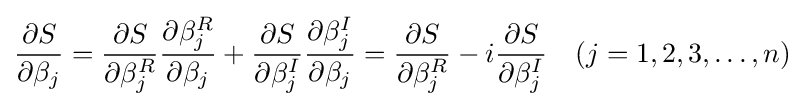
{\frac {\partial S}{\partial \beta _{j}}}={\frac {\partial S}{\partial \beta _{j}^{R}}}{\frac {\partial \beta _{j}^{R}}{\partial \beta _{j}}}+{\frac {\partial S}{\partial \beta _{j}^{I}}}{\frac {\partial \beta _{j}^{I}}{\partial \beta _{j}}}={\frac {\partial S}{\partial \beta _{j}^{R}}}-i{\frac {\partial S}{\partial \beta _{j}^{I}}}\quad (j=1,2,3,\ldots ,n)